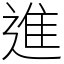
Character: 進